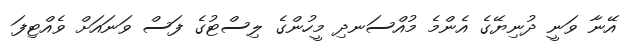
އޭނާ ވަނީ ދުނިޔޭގެ އެންމެ މުއްސަނދި މީހުންގެ ލިސްޓުގެ ފަސް ވަނައަށް ވެއްޓިފަ